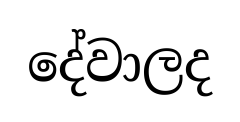
දේවාලද